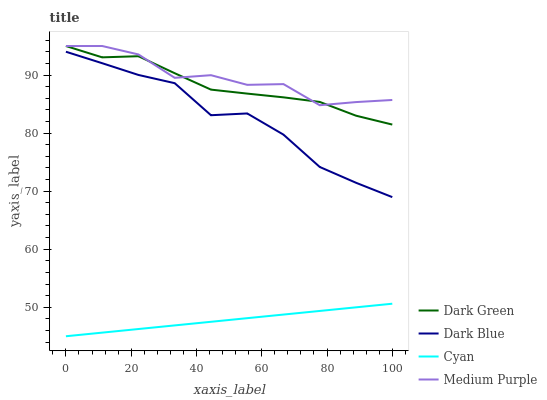
| xaxis_label | Dark Green | Dark Blue | Cyan | Medium Purple |
 | --- | --- | --- | --- | --- |
 | 0 | 95 | 94 | 45 | 95 |
 | 11.1 | 93 | 92 | 45.6 | 95 |
 | 22.2 | 93.2 | 90 | 46.2 | 93.5 |
 | 33.3 | 90.3 | 88.6 | 46.9 | 89.5 |
 | 44.4 | 87.5 | 83.1 | 47.5 | 90 |
 | 55.6 | 86.8 | 83.4 | 48.1 | 88.3 |
 | 66.7 | 86.2 | 79.7 | 48.7 | 88.4 |
 | 77.8 | 85.4 | 74.2 | 49.4 | 84.8 |
 | 88.9 | 83 | 71.4 | 50 | 85.3 |
 | 100 | 81.5 | 69 | 50.6 | 85.7 |